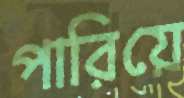
পারিয়ে